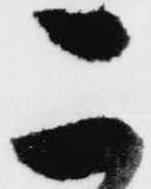
こ